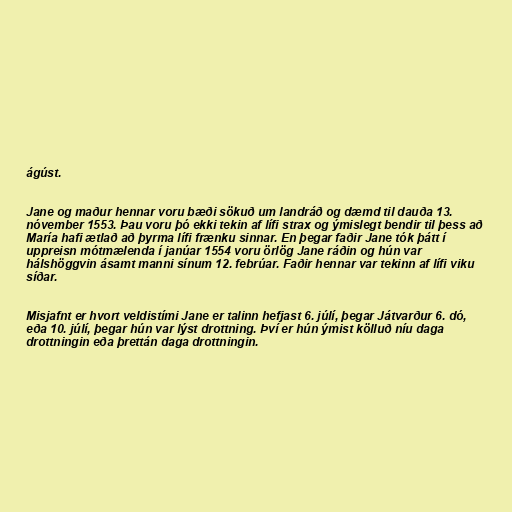
ágúst.

Jane og maður hennar voru bæði sökuð um landráð og dæmd til dauða 13.
nóvember 1553. Þau voru þó ekki tekin af lífi strax og ýmislegt bendir til þess að
María hafi ætlað að þyrma lífi frænku sinnar. En þegar faðir Jane tók þátt í
uppreisn mótmælenda í janúar 1554 voru örlög Jane ráðin og hún var
hálshöggvin ásamt manni sínum 12. febrúar. Faðir hennar var tekinn af lífi viku
síðar.

Misjafnt er hvort veldistími Jane er talinn hefjast 6. júlí, þegar Játvarður 6. dó,
eða 10. júlí, þegar hún var lýst drottning. Því er hún ýmist kölluð níu daga
drottningin eða þrettán daga drottningin.